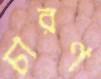
চারণ